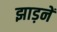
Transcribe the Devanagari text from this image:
झाड़नें